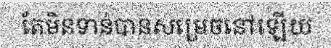
តែមិនទាន់បានសម្រេចនៅឡើយ